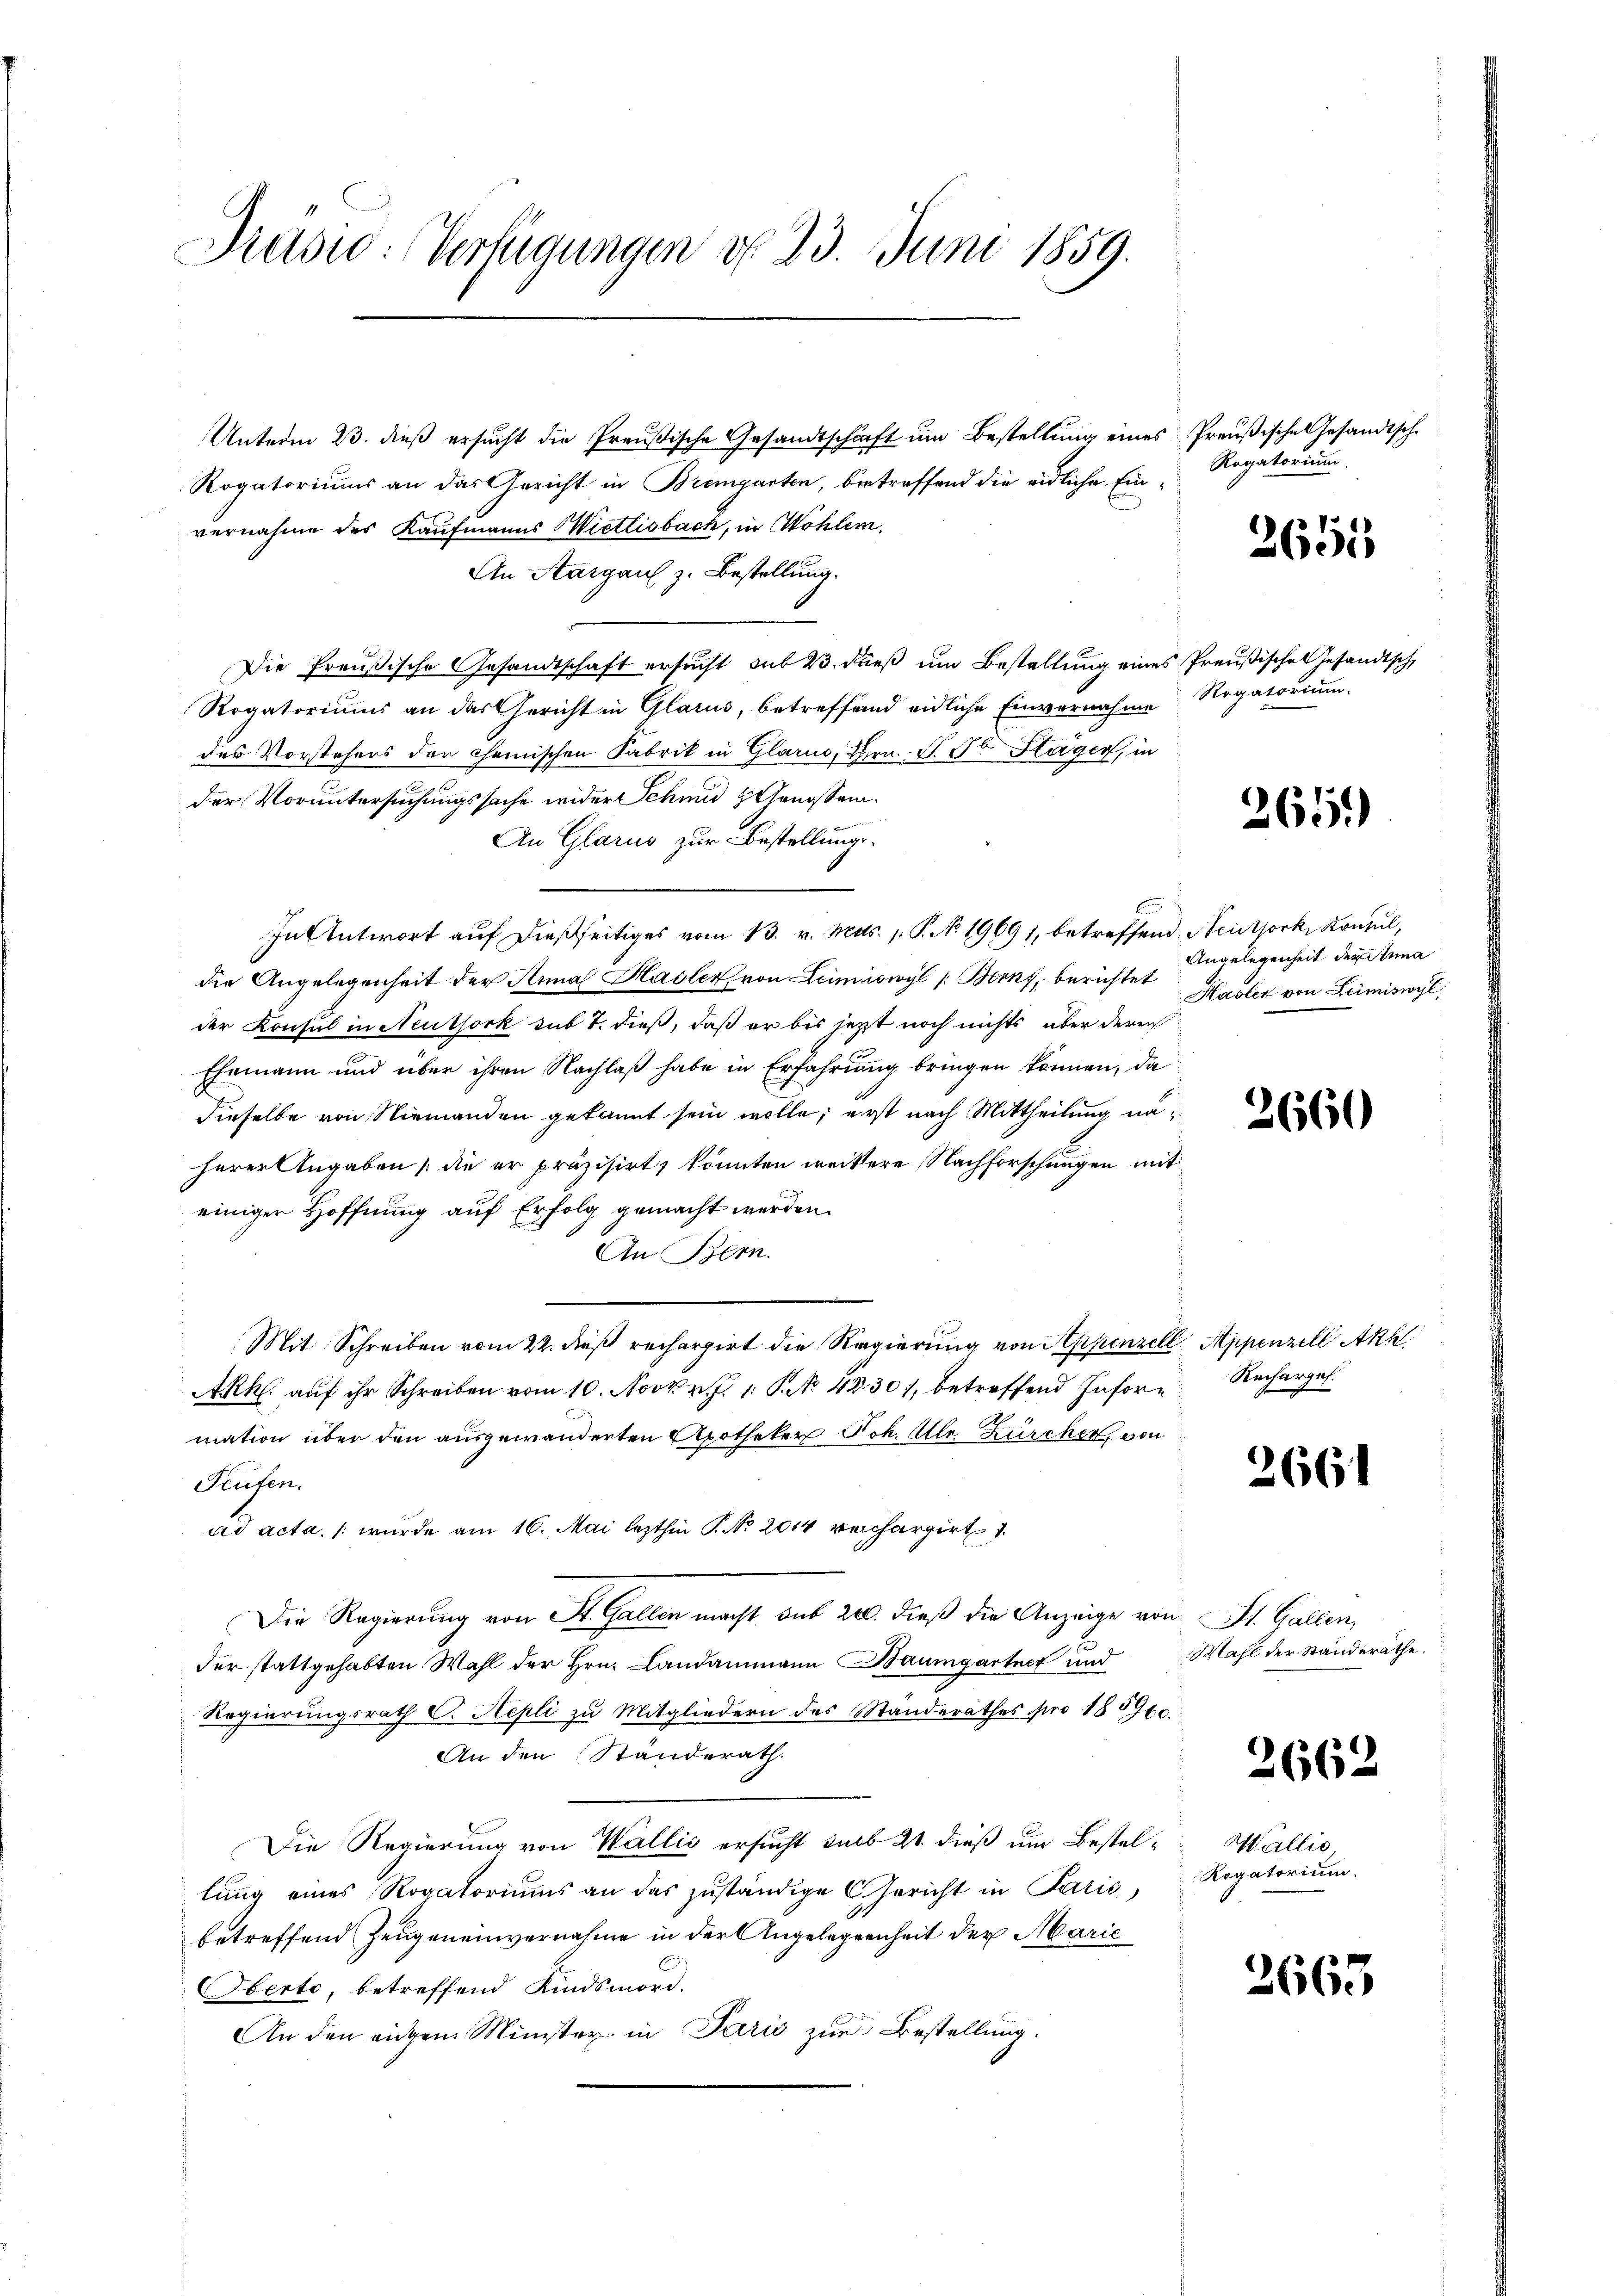
Prasio: Verfügungen do 23. Juni 1859.

Unterm 23. dieß ersucht die Preußische Gesandtschaft um Bestellung eines Preußische Gesandtsche
Rogatoriums an das Gericht in Bremgarten, betreffend die eidliche Einvernahme des Kaufmanns Mietlisbach, in Wohlen.
An Aargaus z. Bestellung.
Die Preußische Gesandtschaft ersucht sub 23. dieß um Bestellung eines Preußisches Gesandtsch
Rogatoriums an das Gericht in Glarus, betreffend eidliche Einvernahme Rogatorium
des Vorstehens der chemischen Fabrik in Glarus, Hrn. P. F. Hager, in
der Voruntersuchungssache wider Sekund Genossen.
An Glarus zur Bestellungs-
In Antwort auf dießseitiges vom 13. v. Mts. 1. P. No 19691, betreffend Neutjork, Konsul,
die Angelegenheit der Anna Hasler von Leimiswyl /: Berns, berichtet
der Konsul in Neuthork sub 7. dieß, daß er bis jetzt noch nichts über deren
Ehemann und über ihren Nachlaß habe in Erfahrung bringen können, da
dieselbe von Niemanden gekannt sein wolle; erst nach Mittheilung na
2
herer Angaben die er präzisirt, könnten weitere Nachforschungen mit
einiger Hoffnung auf Erfolg gemacht werden.
An Bern.
Mit Schreiben vom 22. dieß rechargirt die Regierung von Appenzell Appenzell Akk
Akk aŭf ihr Schreiben vom 10. Novbr. 1 S. 42301, betreffend Infor- Recharges.
mation über den ausgewänderten Apotheker Joh. Ulr. Zürcher, von
Feusen,
ad acta. / wurde am 16. Mai lezthin P. No 2014 reichargirt
Die Regierung von St. Gallen macht aus 200. dieß die Anzeige von St. Gallen,
der stattgehabten Wahl der Hrn. Landammann Baumgartner und
Regierungsrath C. Repli zu Mitgliedern des Standerathes pro 185960.
An den Standerath.
Die Regierung von Wallis ersucht sub 21 dieß um Bestel- Wallis,
lung eines Rogatoriums an das zuständige Gericht in Parić,
betreffend Zeugeneinvernahme in der Angelegenheit der Marie
Herte, betreffend Kindsmord.
An den einem Minister in Paris zur Bestellung.

Rogatorium.

3655

265)

Angelegenheit der Anna
Hasler von Lumiswyl

2660

3661

Mahl der Standerathe

2662

Rogatorium.

3665